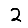
Digit: 2